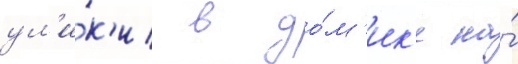
ул'и́к'и в до́м'ик'е на́